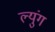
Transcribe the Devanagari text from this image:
ल्युंग